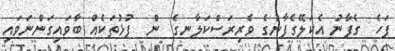
ފަހެ  ގެފާނު އެކަލޭގެފާނުގެ ވެރިރަސްކަލާނގެ  ން  ފުޅުތަކެއް ބާވައިގަންނަވައި